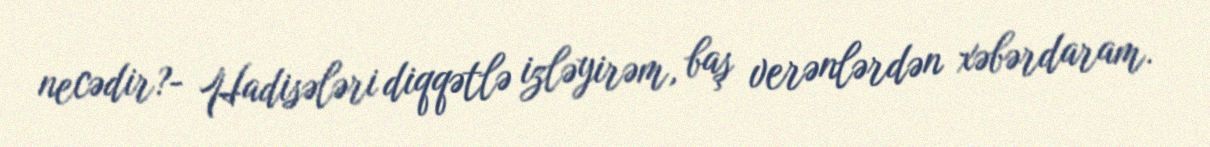
necədir?- Hadisələri diqqətlə izləyirəm, baş verənlərdən xəbərdaram.